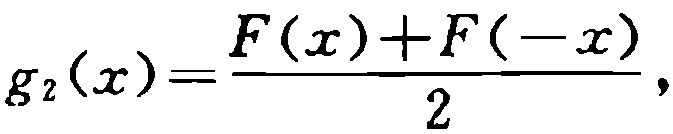
\[g_{2}(x)=\frac{F(x)+F(-x)}{2},\]